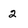
Character: 2